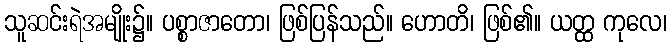
သူဆင်းရဲအမျိုး၌။ ပစ္စာဇာတော၊ ဖြစ်ပြန်သည်။ ဟောတိ၊ ဖြစ်၏။ ယတ္ထ ကုလေ၊